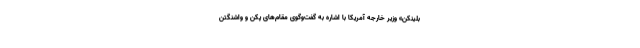
بلینکن» وزیر خارجه آمریکا با اشاره به گفت‌وگوی مقام‌های پکن و واشنگتن